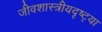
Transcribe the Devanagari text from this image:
जीवशास्त्रीयदृष्ट्या